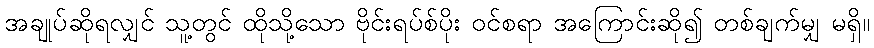
အချုပ်ဆိုရလျှင် သူ့တွင် ထိုသို့သော ဗိုင်းရပ်စ်ပိုး ဝင်စရာ အကြောင်းဆို၍ တစ်ချက်မျှ မရှိ။